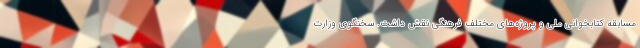
مسابقه کتابخوانی ملی و پروژه‌های مختلف فرهنگی نقش داشت. سخنگوی وزارت